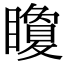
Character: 矎